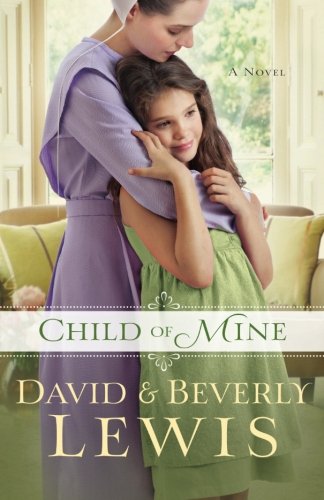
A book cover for Child of Mine; Beverly Lewis; Christian Books & Bibles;